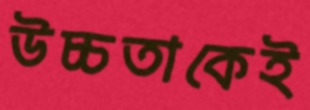
উচ্চতাকেই